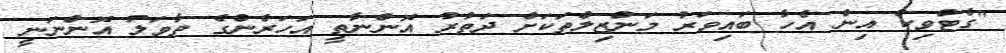
"ގެޓްވިކް އިން އެހާ ބައިވަރު މަންޒިލްތަކަށް ދަތުރު އޮންނާތީ އަހަރެންގެ ތާވަލު އޮންނަނީ